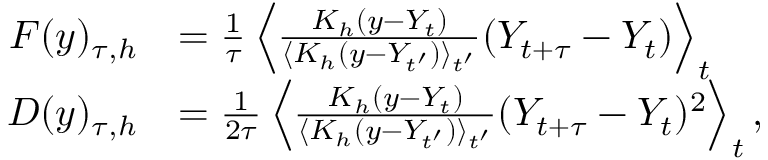
\begin{array} { r l } { F ( y ) _ { \tau , h } } & { = \frac { 1 } { \tau } \left\langle \frac { K _ { h } ( y - Y _ { t } ) } { \langle K _ { h } ( y - Y _ { t ^ { \prime } } ) \rangle _ { t ^ { \prime } } } ( Y _ { t + \tau } - Y _ { t } ) \right\rangle _ { t } } \\ { D ( y ) _ { \tau , h } } & { = \frac { 1 } { 2 \tau } \left\langle \frac { K _ { h } ( y - Y _ { t } ) } { \langle K _ { h } ( y - Y _ { t ^ { \prime } } ) \rangle _ { t ^ { \prime } } } ( Y _ { t + \tau } - Y _ { t } ) ^ { 2 } \right\rangle _ { t } , } \end{array}